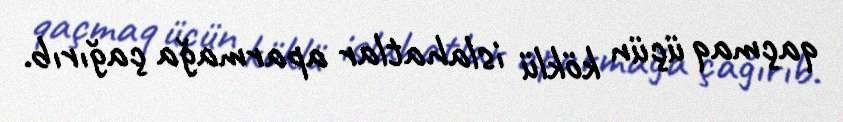
qaçmaq üçün köklü islahatlar aparmağa çağırıb.